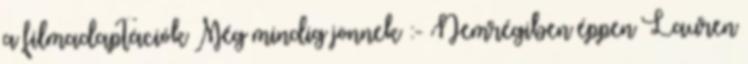
a filmadaptációk Még mindig jönnek :- Nemrégiben éppen Lauren